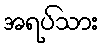
အရပ်သား